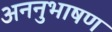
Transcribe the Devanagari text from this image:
अननुभाषण